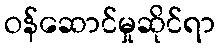
ဝန်ဆောင်မှုဆိုင်ရာ